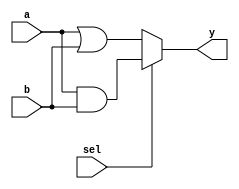
module combinational_logic (
    input wire a,          // Input signal a
    input wire b,          // Input signal b
    input wire sel,        // Input signal sel for selection
    output reg y          // Output signal y
);

    // Combinational logic block
    always @(*) begin
        // Logic implementation
        if (sel) begin
            y = a & b;      // AND operation when sel is high
        end else begin
            y = a | b;      // OR operation when sel is low
        end
    end

endmodule